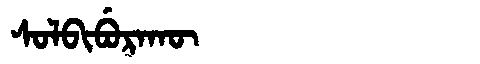
Manchu: ᠰᠣᠯᠪᡳᠪᡠᡵᠠᡴᡡ
Romanization: SOLBIBURAKŪ